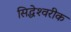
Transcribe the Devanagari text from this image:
सिद्धेश्‍वरीक